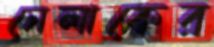
সেলাকের